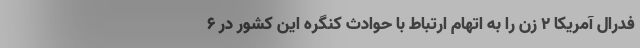
فدرال آمریکا ۲ زن را به اتهام ارتباط با حوادث کنگره این کشور در ۶